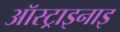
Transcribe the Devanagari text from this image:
ऑस्ट्राइनाइ